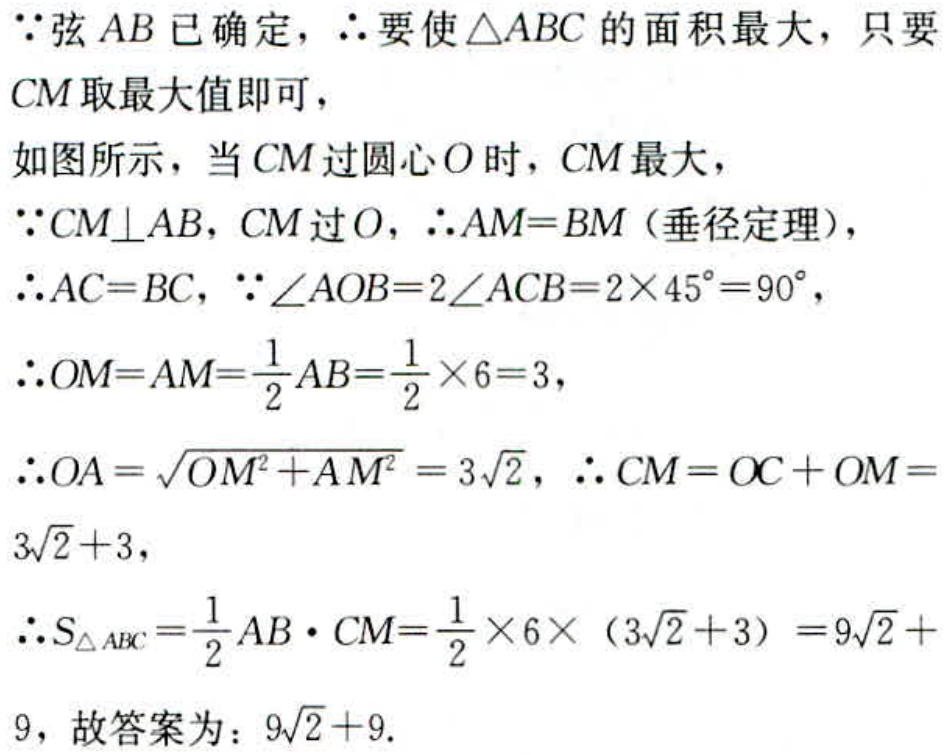
$\because$弦$AB$已确定，$\therefore$要使$\triangle ABC$的面积最大，只要$CM$取最大值即可，
如图所示，当$CM$过圆心$O$时，$CM$最大，
$\because CM\bot AB$，$CM$过$O$，$\therefore AM = BM$（垂径定理），
$\therefore AC = BC$，$\because \angle AOB = 2\angle ACB = 2\times45^{\circ}=90^{\circ}$，
$\therefore OM = AM=\frac{1}{2}AB=\frac{1}{2}\times6 = 3$，
$\therefore OA=\sqrt{OM^{2}+AM^{2}}=3\sqrt{2}$，$\therefore CM = OC + OM = 3\sqrt{2}+3$，
$\therefore S_{\triangle ABC}=\frac{1}{2}AB\cdot CM=\frac{1}{2}\times6\times(3\sqrt{2}+3)=9\sqrt{2}+9$，故答案为：$9\sqrt{2}+9$.